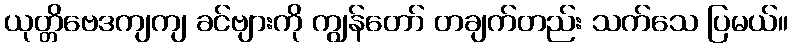
ယုတ္တိဗေဒကျကျ ခင်ဗျားကို ကျွန်တော် တချက်တည်း သက်သေ ပြမယ်။